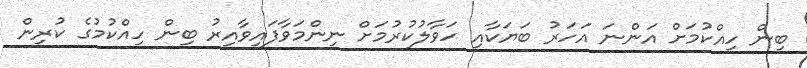
ބިން ހިއްކުމަށް އަންނަ އަހަރު ބަޔަކާއި ހަވާލުކުރުމަށް ނިންމަވާފައިވާއިރު ބިން ހިއްކުމުގެ ކުރިން